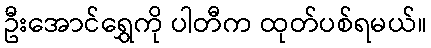
ဦးအောင်ရွှေကို ပါတီက ထုတ်ပစ်ရမယ်။